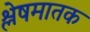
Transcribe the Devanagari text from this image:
श्लेषमातक